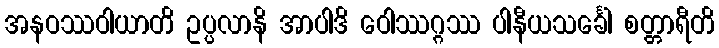
အနဝဿဝါယာတိ ဥပ္ပလာနိ အာပါဒိ ဝေါဿဂ္ဂဿ ပါနီယသင်္ခေါ စတ္တာရီတိ